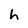
Character: h